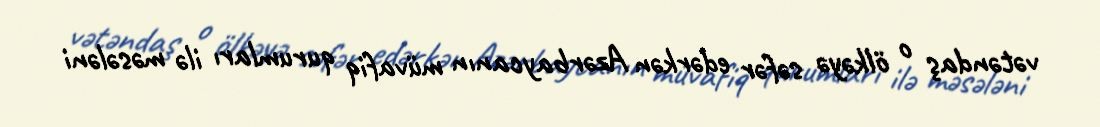
vətəndaş o ölkəyə səfər edərkən Azərbaycanın müvafiq qurumları ilə məsələni